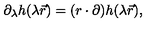
\partial _ { \lambda } h ( \lambda \vec { r } ) = ( r \cdot \partial ) h ( \lambda \vec { r } ) ,